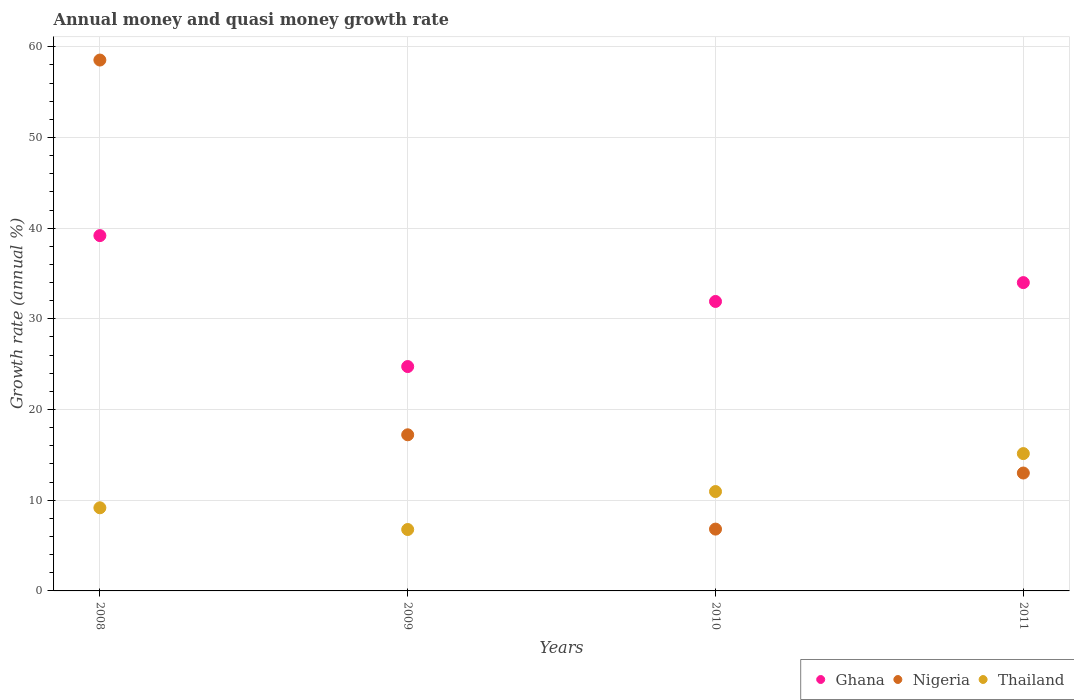
| Years | Ghana | Nigeria | Thailand |
 | --- | --- | --- | --- |
 | 2008 | 39.2 | 58.5 | 9.17 |
 | 2009 | 24.7 | 17.2 | 6.77 |
 | 2010 | 31.9 | 6.82 | 11 |
 | 2011 | 34 | 13 | 15.1 |